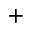
^ { + }